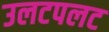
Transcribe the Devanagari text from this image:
उलटपलट